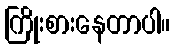
ကြိုးစားနေတာပါ။